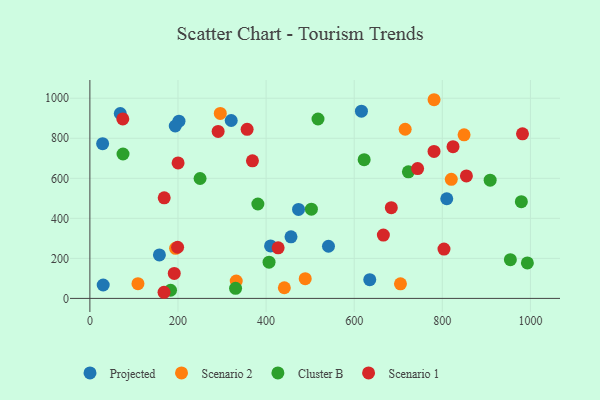
{"axis": {"x": "Engine Size", "y": "Salary"}, "legend": ["Cluster B", "Projected", "Scenario 1", "Scenario 2"], "data": [{"x": "28.9", "y": 773.2, "type": "Projected"}, {"x": "202.2", "y": 885.3, "type": "Projected"}, {"x": "30.2", "y": 67.0, "type": "Projected"}, {"x": "320.8", "y": 888.8, "type": "Projected"}, {"x": "541.6", "y": 260.6, "type": "Projected"}, {"x": "69.0", "y": 923.8, "type": "Projected"}, {"x": "810.1", "y": 497.9, "type": "Projected"}, {"x": "410.1", "y": 262.0, "type": "Projected"}, {"x": "473.6", "y": 444.6, "type": "Projected"}, {"x": "635.3", "y": 93.8, "type": "Projected"}, {"x": "616.4", "y": 935.4, "type": "Projected"}, {"x": "193.8", "y": 861.5, "type": "Projected"}, {"x": "456.5", "y": 307.8, "type": "Projected"}, {"x": "157.8", "y": 217.1, "type": "Projected"}, {"x": "109.1", "y": 73.7, "type": "Scenario 2"}, {"x": "849.4", "y": 817.3, "type": "Scenario 2"}, {"x": "332.2", "y": 86.4, "type": "Scenario 2"}, {"x": "194.5", "y": 250.2, "type": "Scenario 2"}, {"x": "441.4", "y": 53.3, "type": "Scenario 2"}, {"x": "296.0", "y": 924.0, "type": "Scenario 2"}, {"x": "820.4", "y": 595.2, "type": "Scenario 2"}, {"x": "715.7", "y": 845.1, "type": "Scenario 2"}, {"x": "781.3", "y": 992.7, "type": "Scenario 2"}, {"x": "705.0", "y": 72.6, "type": "Scenario 2"}, {"x": "488.8", "y": 98.4, "type": "Scenario 2"}, {"x": "406.7", "y": 180.8, "type": "Cluster B"}, {"x": "250.1", "y": 599.1, "type": "Cluster B"}, {"x": "381.3", "y": 471.8, "type": "Cluster B"}, {"x": "622.6", "y": 693.3, "type": "Cluster B"}, {"x": "330.7", "y": 50.5, "type": "Cluster B"}, {"x": "502.8", "y": 446.0, "type": "Cluster B"}, {"x": "723.0", "y": 632.3, "type": "Cluster B"}, {"x": "75.2", "y": 721.5, "type": "Cluster B"}, {"x": "908.6", "y": 590.6, "type": "Cluster B"}, {"x": "993.1", "y": 177.5, "type": "Cluster B"}, {"x": "979.4", "y": 483.5, "type": "Cluster B"}, {"x": "183.1", "y": 40.6, "type": "Cluster B"}, {"x": "954.5", "y": 193.6, "type": "Cluster B"}, {"x": "517.8", "y": 896.3, "type": "Cluster B"}, {"x": "982.0", "y": 822.2, "type": "Scenario 1"}, {"x": "199.1", "y": 255.5, "type": "Scenario 1"}, {"x": "427.3", "y": 252.5, "type": "Scenario 1"}, {"x": "743.9", "y": 648.6, "type": "Scenario 1"}, {"x": "168.3", "y": 30.6, "type": "Scenario 1"}, {"x": "781.2", "y": 734.3, "type": "Scenario 1"}, {"x": "684.2", "y": 453.4, "type": "Scenario 1"}, {"x": "824.3", "y": 758.3, "type": "Scenario 1"}, {"x": "191.5", "y": 124.7, "type": "Scenario 1"}, {"x": "356.9", "y": 844.8, "type": "Scenario 1"}, {"x": "854.7", "y": 612.1, "type": "Scenario 1"}, {"x": "291.1", "y": 834.5, "type": "Scenario 1"}, {"x": "168.7", "y": 502.7, "type": "Scenario 1"}, {"x": "803.8", "y": 246.3, "type": "Scenario 1"}, {"x": "74.7", "y": 896.7, "type": "Scenario 1"}, {"x": "369.0", "y": 687.5, "type": "Scenario 1"}, {"x": "666.2", "y": 316.5, "type": "Scenario 1"}, {"x": "200.2", "y": 676.7, "type": "Scenario 1"}]}